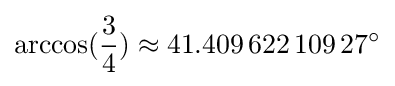
\arccos({\frac {3}{4}})\approx 41.409\,622\,109\,27^{\circ }